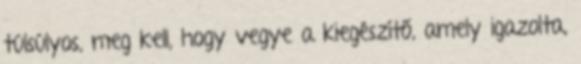
túlsúlyos, meg kell, hogy vegye a kiegészítő, amely igazolta,